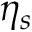
\eta _ { s }